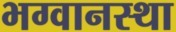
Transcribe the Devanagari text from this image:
भग्वानस्था